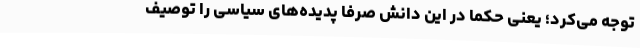
توجه می‌کرد؛ یعنی حکما در این دانش صرفا پدیده‌های سیاسی را توصیف